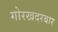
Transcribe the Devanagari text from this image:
गोरखदरबार